Indian journal of veterinary science and animal husbandry - Volume 5,
Year: 1935
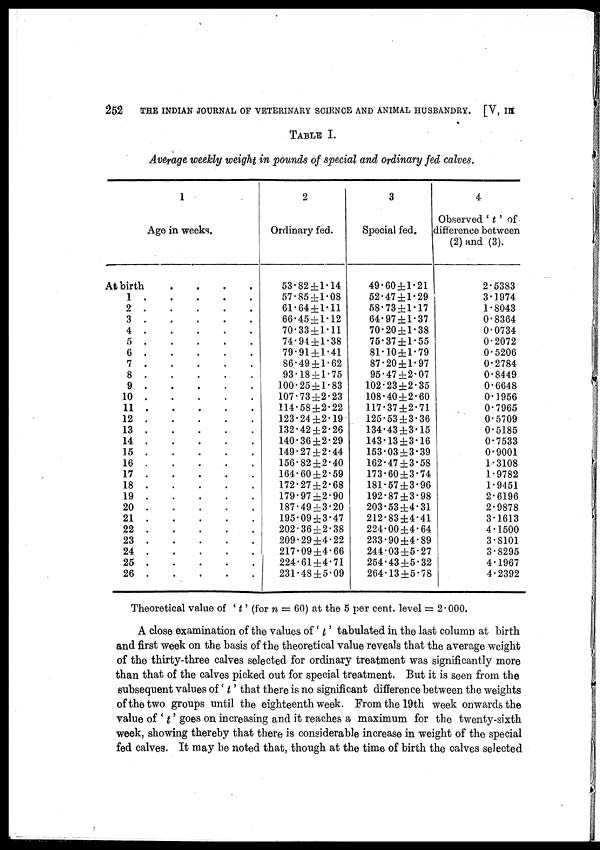
252
THE INDIAN JOURNAL OF VETERINARY SCIENCE AND ANIMAL HUSBANDRY. [V, III
TABLE I.
Average weekly weight in pounds of special and ordinary fed calves.
1
Age in weeks.
At birth . . . .
1 . . . . .
2 . . . . .
3 . . . . .
4 . . . . .
5 . . . . .
6 . . . . .
7 . . . . .
8 . . . . .
9 . . . . .
10 . . . . .
11 . . . . .
12 . . . . .
13 . . . . .
14 . . . . .
15 . . . . .
16 . . . . .
17 . . . . .
18 . . . . .
19 . . . . .
20 . . . . .
21 . . . . .
22 . . . . .
23 . . . . .
24 . . . . .
25 . . . . .
26 . . . . .
2
Ordinary fed.
53.82 ± 1.14
57.85 ± 1.08
61.64 ± 1.11
66.45 ± 1.12
70.33 ± 1.11
74.94 ± 1.38
79.91 ± 1.41
86.49 ± 1.62
93.18 ± 1.75
100.25 ± 1.83
107.73 ± 2.23
114.58 ± 2.22
123.24 ± 2.19
132.42 ± 2.26
140.36 ± 2.29
149.27 ± 2.44
156.82 ± 2.40
164.60 ± 2.59
172.27 ± 2.68
179.97 ± 2.90
187.49 ± 3.20
195.09 ± 3.47
202.36 ± 2.38
209.29 ± 4.22
217.09 ± 4.66
224.61 ± 4.71
231.48 ± 5.09
3
Special fed.
49.60 ± 1.21
52.47 ± 1.29
58.73 ± 1.17
64.97 ± 1.37
70.20 ± 1.38
76.37 ± 1.55
81.10 ± 1.79
87.20 ± 1.97
95.47 ± 2.07
102.23 ± 2.35
1.08.40 ± 2.60
117.37 ± 2.71
125.53 ± 3.36
134.43 ± 3.15
143.13 ± 3.16
153.03 ± 3.39
162.47 ± 3.58
173.60 ± 3.74
181.57 ± 3.96
192.87 ± 3.98
203.53 ± 4.31
212.83 ± .41
224.00 ± 4.64
233.90 ± .89
244.03 ± 5.27
254.43 ± 5.32
264.13 ± 5.78
4
Observed ' t ' of
difference between
(2) and (3).
2.5383
3.1974
1.8043
0.8364
0.0734
0.2072
0.5206
0.2784
0.8449
0.6648
0.1956
0.7965
0.5709
0.5185
0.7533
0.9001
1.3108
1.9782
1.9451
2.6196
2.9878
3.1613
4.1500
3.8101
3.8295
4.1967
4.2392
Theoretical value of ' t ' (for n = 60) at the 5 per cent. level = 2.000.
A close examination of the values of ' t ' tabulated in the last column at birth
and first week on the basis of the theoretical value reveals that the average weight
of the thirty-three calves selected for ordinary treatment was significantly more
than that of the calves picked out for special treatment. But it is seen from the
subsequent values of ' t ' that there is no significant difference between the weights
of the two groups until the eighteenth week. From the 19th week onwards the
value of ' t ' goes on increasing and it reaches a maximum for the twenty-sixth
week, showing thereby that there is considerable increase in weight of the special
fed calves. It may be noted that, though at the time of birth the calves selected